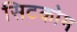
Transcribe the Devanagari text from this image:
सिटकोम